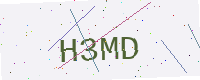
Text: H3MD